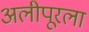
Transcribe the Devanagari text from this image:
अलीपूरला